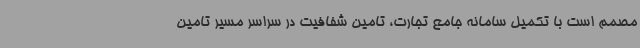
مصمم است با تکمیل سامانه جامع تجارت، تامین شفافیت در سراسر مسیر تامین